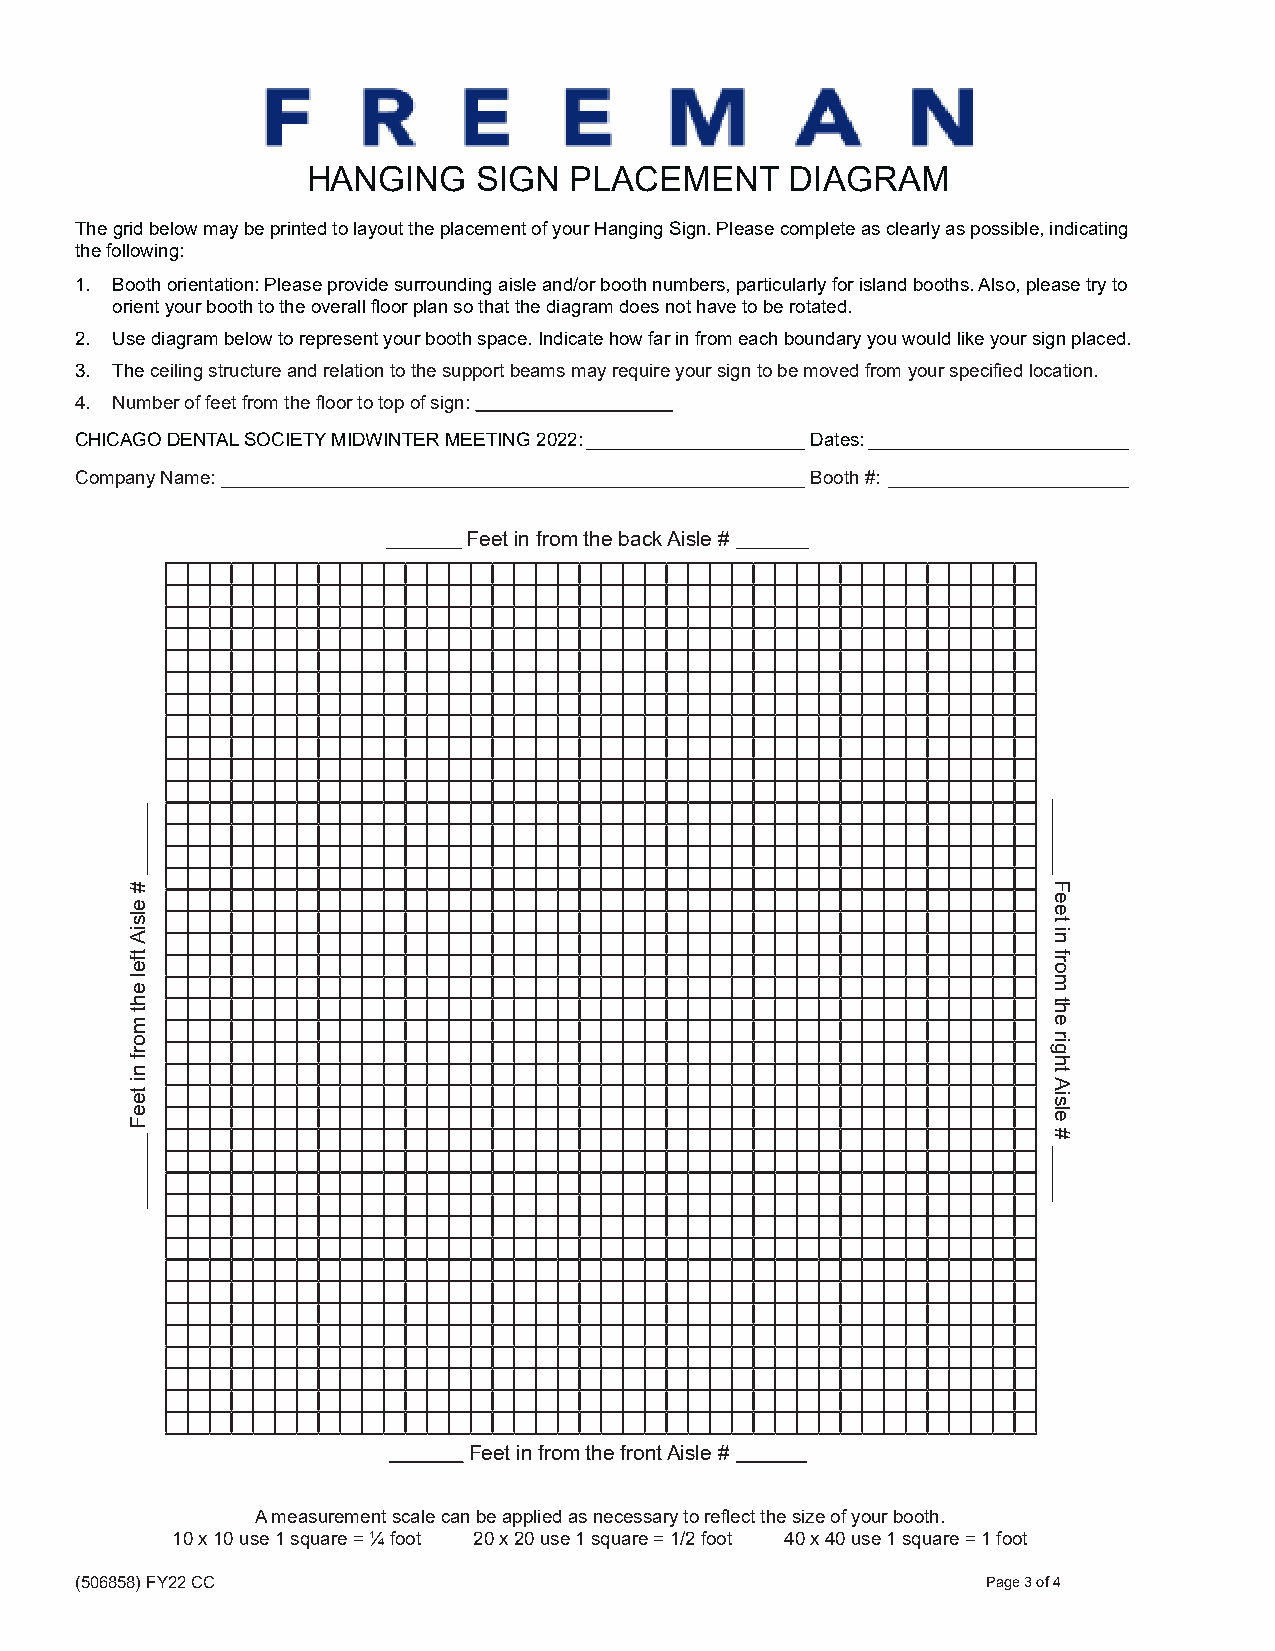
HANGING     SIGN  PLACEMENT     DIAGRAM
 The grid below may be printed to layout the placement of your Hanging Sign. Please complete as clearly as possible, indicating
 the following:
 1. Booth orientation: Please provide surrounding aisle and/or booth numbers, particularly for island booths. Also, please try to
 orient your booth to the overall floor plan so that the diagram does not have to be rotated.
 2. Use diagram below to represent your booth space. Indicate how far in from each boundary you would like your sign placed.
 3. The ceiling structure and relation to the support beams may require your sign to be moved from your specified location.
 4. Number of feet from the floor to top of sign:
 CHICAGO DENTAL SOCIETY MIDWINTER MEETING 2022: _____________________Dates: _________________________
 Company Name: ________________________________________________________Booth #: _______________________
 Feet in from the back Aisle #
 Feet in from the front Aisle #
 A measurement scale can be applied as necessary to reflect the size of your booth.
 10 x 10 use 1 square = 1/4 foot 20 x 20 use 1 square = 1/2 foot 40 x 40 use 1 square = 1 foot
 (506858) FY22 CC                                            Page 3 of 4
 #
 elsiA
 tfel
 eht
 morf
 ni
 teeF
 Feet
 in
 from
 the
 right
 Aisle
 #